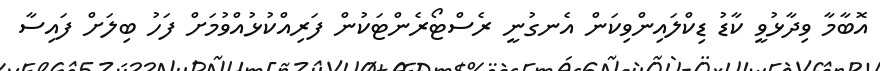
އޮބާމާ ވިދާޅުވީ ކާޑު ޑިކްލައިންވިކަން އެނގުނީ ރެސްޓޯރެންޓަކުން ފަރިއްކުޅުއްވުމަށް ފަހު ބިލަށް ފައިސާ